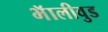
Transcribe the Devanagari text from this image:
भॅालीवुड